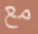
مع